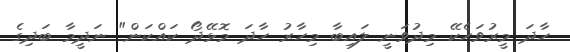
ހާދަ މީރުވަހެކޭ މިދުވަނީ ލައިބާ މިހާރު ހާދަ މޮޅޭދޯ ކައްކަން" ނަދީމާ ބަދިގެ